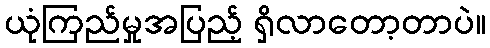
ယုံကြည်မှုအပြည့် ရှိလာတော့တာပဲ။